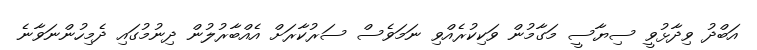
އަބްދު ވިދާޅުވީ ސިޔާސީ މަގާމުން ވަކިކުރެއްވި ނަމަވެސް ސަރުކާރަށް އެއްބާރުލުން ދިނުމުގައި ދެމިހުންނަވާނެ